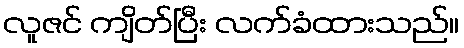
လူဇင် ကျိတ်ပြီး လက်ခံထားသည်။